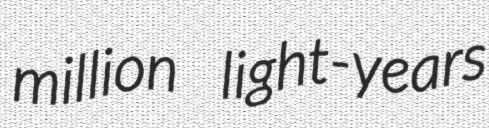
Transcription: million light-years